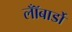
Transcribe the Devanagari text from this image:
लॉँबार्डो